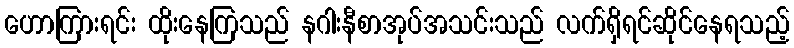
ဟောကြားရင်း ထိုးနေကြသည် နဂါးနီစာအုပ်အသင်းသည် လက်ရှိရင်ဆိုင်နေရသည့်